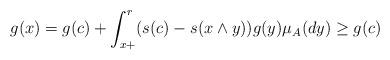
LaTeX: \begin{align*}g(x)= g(c) + \int_{x+}^r( s(c)-s(x \wedge y))g(y)\mu_A(dy) \geq g(c)\end{align*}